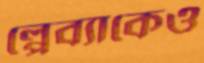
প্লেব্যাকেও